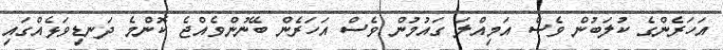
އަހަރެންގެ ކުލަބުން ވެސް އަމިއްލަ ގައުމުން ވެސް އަހަރެން ބޭނުންވެއްޖެ ކޮންމެ ދަނޑިވަޅެއްގައި